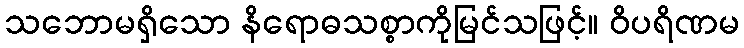
သဘောမရှိသော နိရောဓသစ္စာကိုမြင်သဖြင့်။ ဝိပရိဏမ